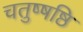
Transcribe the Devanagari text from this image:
चतुष्षष्ठि